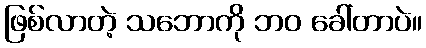
ဖြစ်လာတဲ့ သဘောကို ဘဝ ခေါ်တာပဲ။